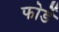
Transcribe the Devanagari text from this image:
फोर्डे